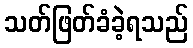
သတ်ဖြတ်ခံခဲ့ရသည်